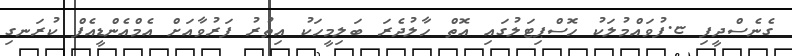
ގެނެސްދީފި ޏ.ފުވައްމުލަކު ހޮސްޕިޓަލުގައި އޮތް ހާލުދެރަ ބަލިމީހަކު އިތުރު ފަރުވާއަށް އެމްއެންޑީއެފް ކުރަނގި